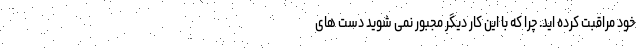
خود مراقبت کرده اید. چرا که با این کار دیگر مجبور نمی شوید دست های